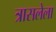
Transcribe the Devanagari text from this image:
त्रासलेला